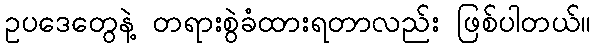
ဥပဒေတွေနဲ့ တရားစွဲခံထားရတာလည်း ဖြစ်ပါတယ်။